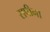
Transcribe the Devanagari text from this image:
सपीना